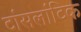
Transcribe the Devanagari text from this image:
टांसलांटिक